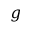
g